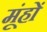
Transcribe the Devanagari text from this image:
मूंहों